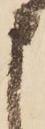
申